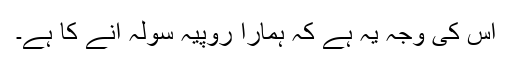
اس کی وجہ یہ ہے کہ ہمارا روپیہ سولہ آنے کا ہے۔